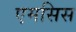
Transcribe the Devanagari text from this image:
एमसिस